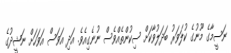
ނަސީމާގެ މޫނުގެ ކުލަވަރު ބަދަލުވާކަށް ސިކުންތެއްވެސް ނުނެގިއެވެ. އަދި އަވަސް އަވަހަށް ނަޝީދުގެ